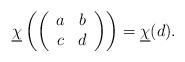
LaTeX: \begin{align*} \underline{\chi}\left(\left( \begin{array}{cc} a & b \\c & d\end{array}\right)\right) = \underline{\chi}(d).\end{align*}